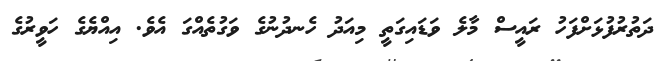
ދަތުރުފުޅަށްފަހު ރައީސް މާލެ ވަޑައިގަތީ މިއަދު ހެނދުނުގެ ވަގުތެއްގަ އެވެ. އިއްޔެގެ ހަވީރުގެ